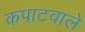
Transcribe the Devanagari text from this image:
कपाटवाले